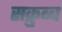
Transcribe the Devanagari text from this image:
सक्रुब्ब